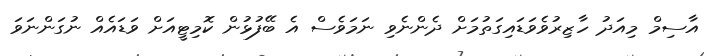
އާސިމް މިއަދު ހާޒިރުވެވަޑައިގަތުމަށް ދެންނެވި ނަމަވެސް އެ ބޭފުޅުން ކޮމިޓީއަށް ވަޑައެއް ނުގަންނަވަ